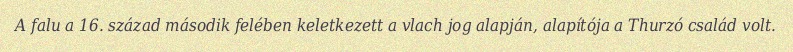
A falu a 16. század második felében keletkezett a vlach jog alapján, alapítója a Thurzó család volt.